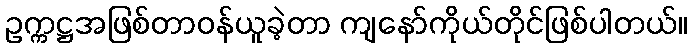
ဥက္ကဋ္ဌအဖြစ်တာဝန်ယူခဲ့တာ ကျနော်ကိုယ်တိုင်ဖြစ်ပါတယ်။